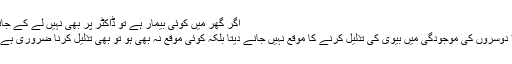
اگر گھر میں کوئی بیمار ہے تو ڈاکٹر پر بھی نہیں لے کے جاتا
* دوسروں کی موجودگی میں بیوی کی تذلیل کرنے کا موقع نہیں جانے دیتا بلکہ کوئی موقع نہ بھی ہو تو بھی تذلیل کرنا ضروری ہے ۔